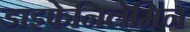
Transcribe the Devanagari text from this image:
डाइफेनिलेमिन